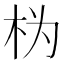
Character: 𱣄